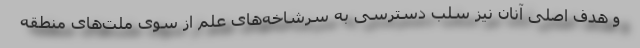
و هدف اصلی آنان نیز سلب دسترسی به سرشاخه‌های علم از سوی ملت‌های منطقه